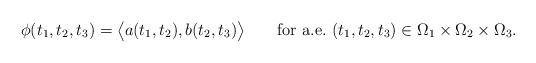
LaTeX: \begin{align*}\phi(t_1,t_2,t_3) = \bigl\langle a(t_1,t_2), b(t_2,t_3)\bigr\rangle\qquad\hbox{for a.e.}\ (t_1,t_2,t_3)\in \Omega_1\times\Omega_2\times\Omega_3.\end{align*}